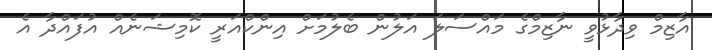
އާޒިމް ވިދާޅުވީ ނާޒިމްގެ މައްސަލަ އަލުން ބެލުމަށް އިންކްއަރީ ކޮމިޝަނެއް އުފައްދާ އެ